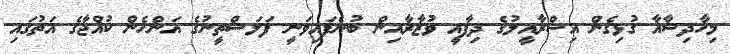
މިހާދިސާއާ ގުޅިގެން އިސްރާއީލުގެ ދިފާއީ ވުޒާރާއިން ބުނެފައިވަނީ ފަލަސްތީނުގެ އަންހެން ކުއްޖާގެ އަތުގައި